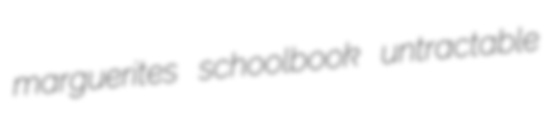
marguerites schoolbook untractable